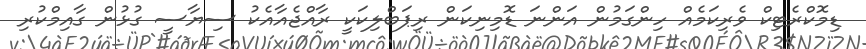
ޑިމޮކްރެޓިކް ވެރިކަމެއް ހިންގަމުން އަންނަ ޑޮމިނިކަން ރިޕަބްލިކަކީ ރާއްޖެއާއެކު ސިޔާސީ ގުޅުން ގާއިމްކުރި